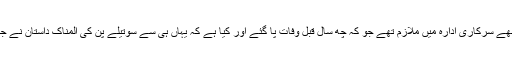
ان کا والد ایک اچھے سرکاری ادارہ میں ملازم تھے جو کہ چھ سال قبل وفات پا گئے اور کیا ہے کہ یہاں ہی سے سوتیلے پن کی المناک داستان نے جنم لینا شروع کیا۔